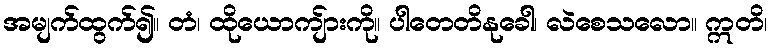
အမျက်ထွက်၍။ တံ၊ ထိုယောကျ်ားကို။ ပါတေတိနုခေါ၊ လဲစေသလော။ ဣတိ၊